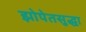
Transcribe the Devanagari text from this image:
झोपेतसुद्धा